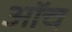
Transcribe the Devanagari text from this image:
ऑच